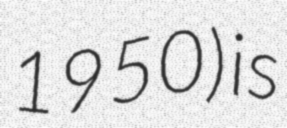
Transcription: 1950) is